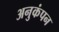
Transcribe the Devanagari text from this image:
अनुकंपन